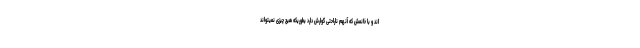
اند و با خانمش که آنهم ناراحتی گوارش دارد بطوریکه هیچ چیزی نمیتواند